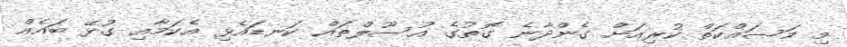
މި މަސައްކަތް ކުރިއަށް ގެންދާނެ ގޮތުގެ އުސޫލްތައް ކަނޑައެޅި އެކަމާއި ގުޅޭ ބައެއް